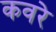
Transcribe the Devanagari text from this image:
कवरे